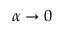
\alpha \to 0